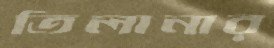
তিলানার